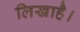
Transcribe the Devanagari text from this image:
लिखाहै।